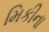
મિકીના